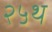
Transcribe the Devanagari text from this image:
२५थ